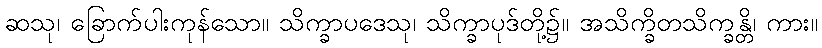
ဆသု၊ ခြောက်ပါးကုန်သော။ သိက္ခာပဒေသု၊ သိက္ခာပုဒ်တို့၌။ အသိက္ခိတသိက္ခန္တိ၊ ကား။